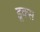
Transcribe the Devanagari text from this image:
डूक्स